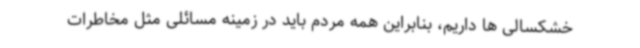
خشکسالی ها داریم، بنابراین همه مردم باید در زمینه مسائلی مثل مخاطرات